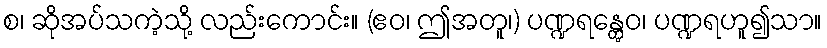
စ၊ ဆိုအပ်သကဲ့သို့ လည်းကောင်း။ (ဧဝ၊ ဤအတူ၊) ပဏ္ဍရန္တွေဝ၊ ပဏ္ဍရဟူ၍သာ။